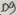
Text: D9